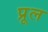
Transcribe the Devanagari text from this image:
प्रूल